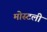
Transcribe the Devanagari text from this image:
मोस्टली